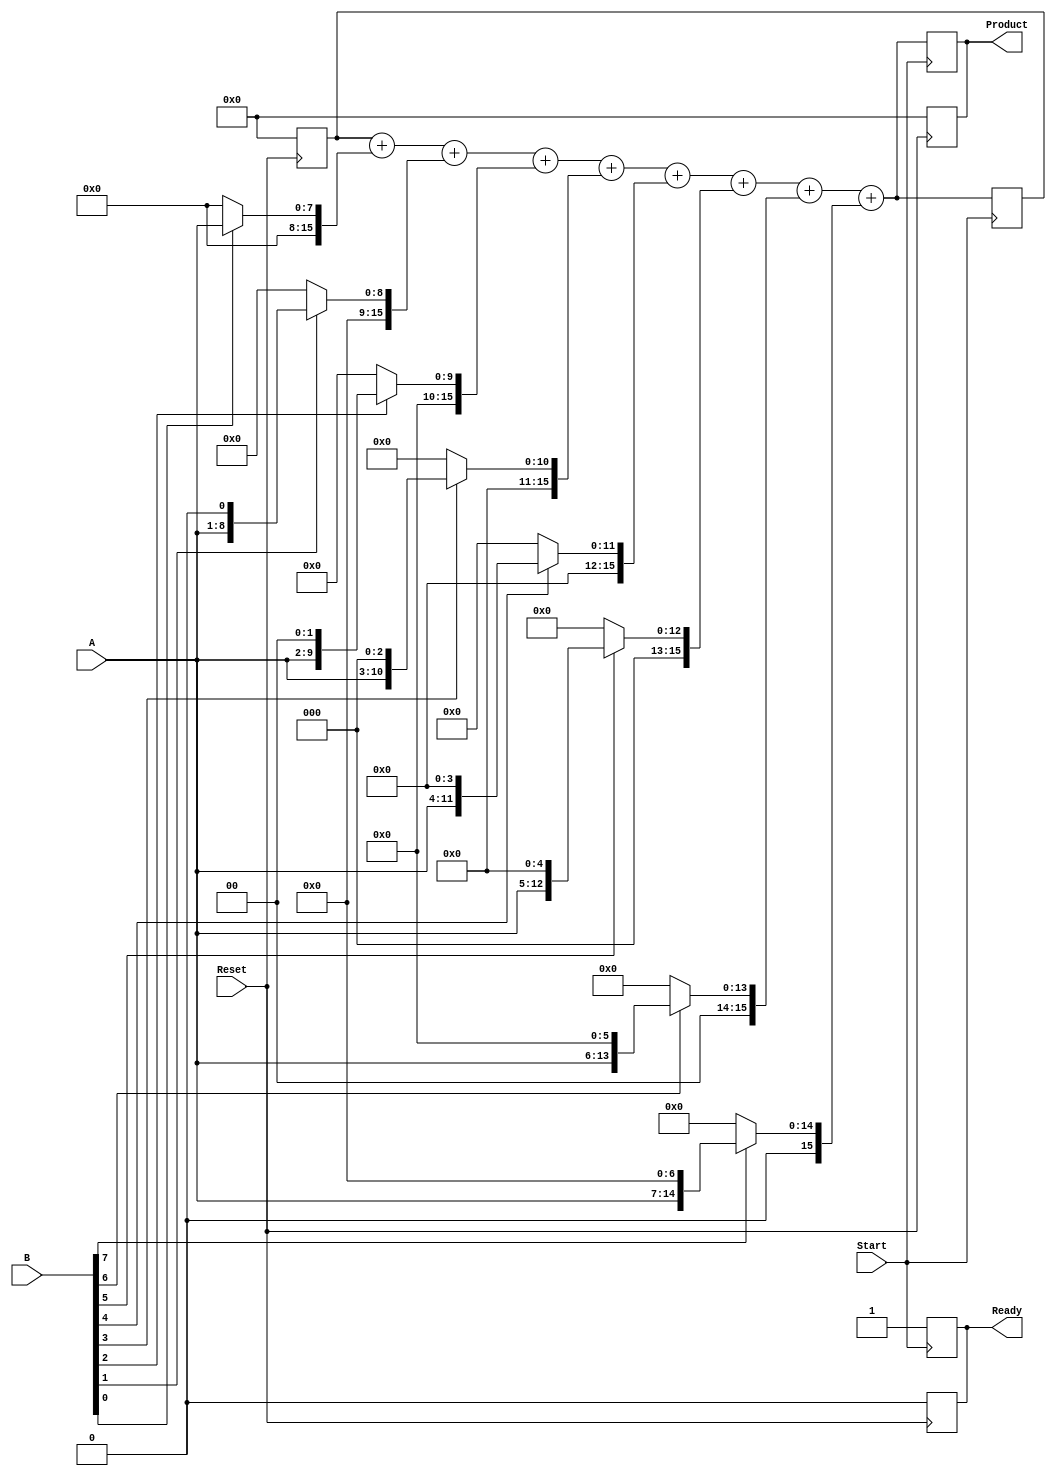
module PartialProductAccumulator #(
    parameter N = 8, // Number of bits for multiplicand A
    parameter M = 8  // Number of bits for multiplier B
)(
    input wire [N-1:0] A,          // Multiplicand
    input wire [M-1:0] B,          // Multiplier
    input wire Start,               // Start signal
    input wire Reset,               // Reset signal
    output reg [N+M-1:0] Product,   // Final product
    output reg Ready                // Ready signal
);

    reg [N+M-1:0] partial_products [0:M-1]; // Array to hold partial products
    reg [N+M-1:0] accumulator;                // Accumulator for the final product
    integer i;                                // Loop variable

    // Reset logic
    always @(posedge Reset) begin
        Product <= 0;
        accumulator <= 0;
        Ready <= 0;
    end

    // Partial product generation and accumulation
    always @(posedge Start) begin
        // Initialize accumulator
        accumulator <= 0;
        Ready <= 0;

        // Generate partial products
        for (i = 0; i < M; i = i + 1) begin
            if (B[i]) begin
                partial_products[i] = A << i; // Shift A by i if B[i] is 1
            end else begin
                partial_products[i] = 0; // Zero if B[i] is 0
            end
        end

        // Accumulate partial products
        for (i = 0; i < M; i = i + 1) begin
            accumulator = accumulator + partial_products[i];
        end

        // Store the final product
        Product <= accumulator;
        Ready <= 1; // Indicate that the multiplication is complete
    end

endmodule